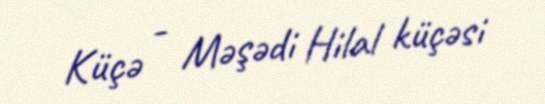
Küçə - Məşədi Hilal küçəsi